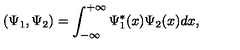
( \Psi _ { 1 } , \Psi _ { 2 } ) = \int _ { - \infty } ^ { + \infty } \Psi _ { 1 } ^ { * } ( x ) \Psi _ { 2 } ( x ) d x ,